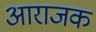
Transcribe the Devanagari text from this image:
आराजक